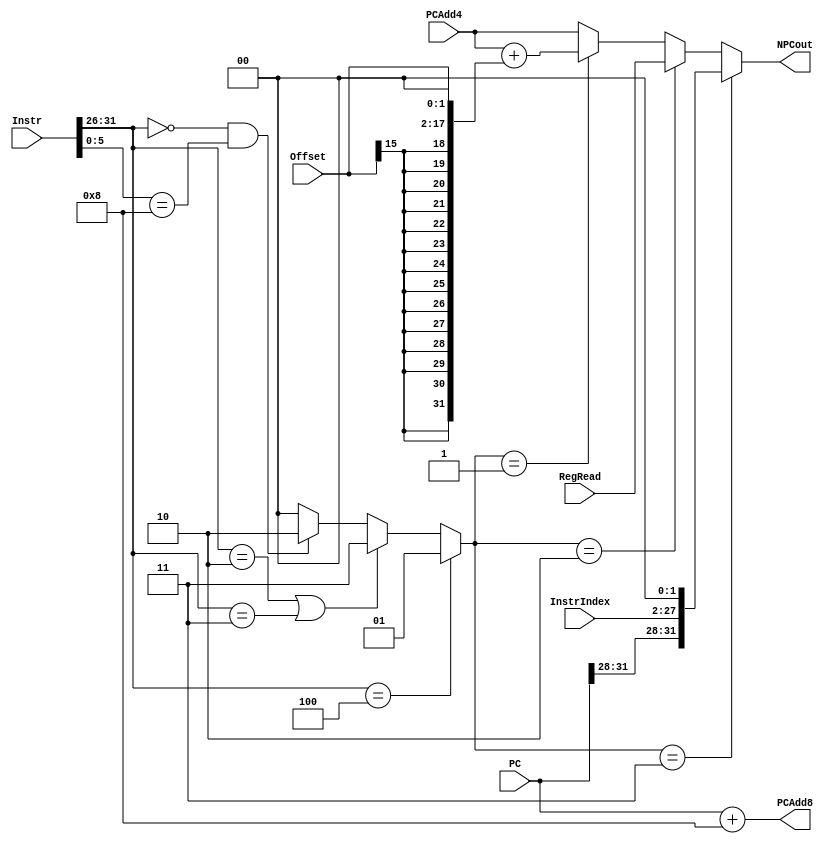
`timescale 1ns / 1ps
//////////////////////////////////////////////////////////////////////////////////
// Company: 
// Engineer: 
// 
// Design Name: 
// Module Name:    NPC 
// Project Name: 
// Target Devices: 
// Tool versions: 
// Description: 
//
// Dependencies: 
//
// Revision: 
// Revision 0.01 - File Created
// Additional Comments: 
//
//////////////////////////////////////////////////////////////////////////////////
module NPC(
    input [31:0] RegRead,
    input [15:0] Offset,
    input [31:0] PC,
	input [25:0] InstrIndex,
    input [31:0] PCAdd4,
    input [31:0] Instr,
    output [31:0] NPCout,
    output [31:0] PCAdd8
    );
	wire[5:0] OP, Func;
	wire R, beq, j, jal, jr;
	assign OP	  =  Instr[31:26];
	assign Func   =  Instr[5:0];
	parameter JorJal =  3;
	parameter JumpReg=  2;
	parameter Branch =  1;
	assign R      =	 (OP == 6'b000000);
	assign beq    =	 (OP == 6'b000100);
	assign j	  =	 (OP == 6'b000010);
	assign jal	  =	 (OP == 6'b000011);
	assign jr	  =	 (R & (Func == 6'b001000));
	/*assign bgez   =  ((OP == 6'b000001) && (Instr[20:16] == 5'b00001));
	assign blez   =  (OP == 6'b000110);
	assign bne    =  (OP == 6'b000101);*/
	wire [2:0] NPCsel;
	assign NPCsel = (beq)	 ?Branch:
					(j | jal)?JorJal:
					(jr)	 ?JumpReg:0;
	assign PCAdd8 = PC + 8;
	assign NPCout = (NPCsel == JorJal) ?{PC[31:28],InstrIndex[25:0],2'b00}:
					(NPCsel == JumpReg)?RegRead:
					(NPCsel == Branch) ?PCAdd4 + {{14{Offset[15]}},Offset,2'b00}: PCAdd4;
endmodule